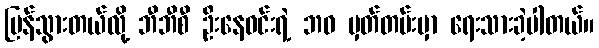
ပြန်သွားတယ်လို့ ဘီဘီစီ ဦးနေဝင်းရဲ့ ဘဝ မှတ်တမ်းမှာ ရေးသားခဲ့ပါတယ်။